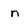
Character: n